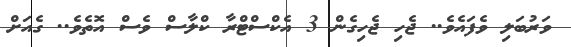
ވަރުބަލި ވެފައެވެ.. ޖެހި ޖެހިގެން 3 އެކްސްޓްރާ ކްލާސް ވެސް އޮތެވެ.. ގެއަށް